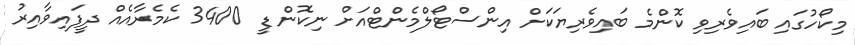
މިކޯހުގައި ބައިވެރިވި ކޮންމެ ބައިވެރިޔަކަށް އިންސްޓޯލްމެންޓްއަށް ނިކޮން ޑީ 3400 ކެމެރާއެއް ދީފައިވާއިރު